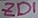
Text: ZD1